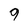
Character: 9